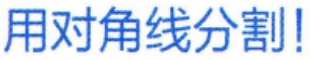
用对角线分割!